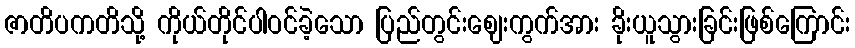
ဇာတိပကတိသို့ ကိုယ်တိုင်ပါဝင်ခဲ့သော ပြည်တွင်းဈေးကွက်အား ခိုးယူသွားခြင်းဖြစ်ကြောင်း